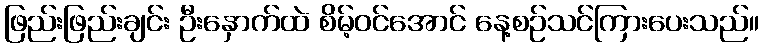
ဖြည်းဖြည်းချင်း ဦးနှောက်ထဲ စိမ့်ဝင်အောင် နေ့စဉ်သင်ကြားပေးသည်။